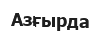
Азғырда